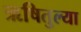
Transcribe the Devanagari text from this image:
ऋषितुल्या